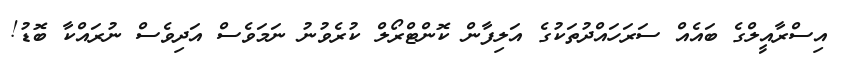
އިސްރާއީލްގެ ބައެއް ސަރަހައްދުތަކުގެ އަލިފާން ކޮންޓްރޯލް ކުރެވުނު ނަމަވެސް އަދިވެސް ނުރައްކާ ބޮޑު!